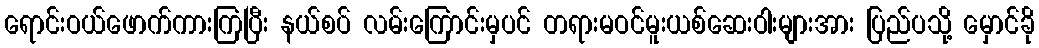
ရောင်းဝယ်ဖောက်ကားကြပြီး နယ်စပ် လမ်းကြောင်းမှပင် တရားမဝင်မူးယစ်ဆေးဝါးများအား ပြည်ပသို့ မှောင်ခို